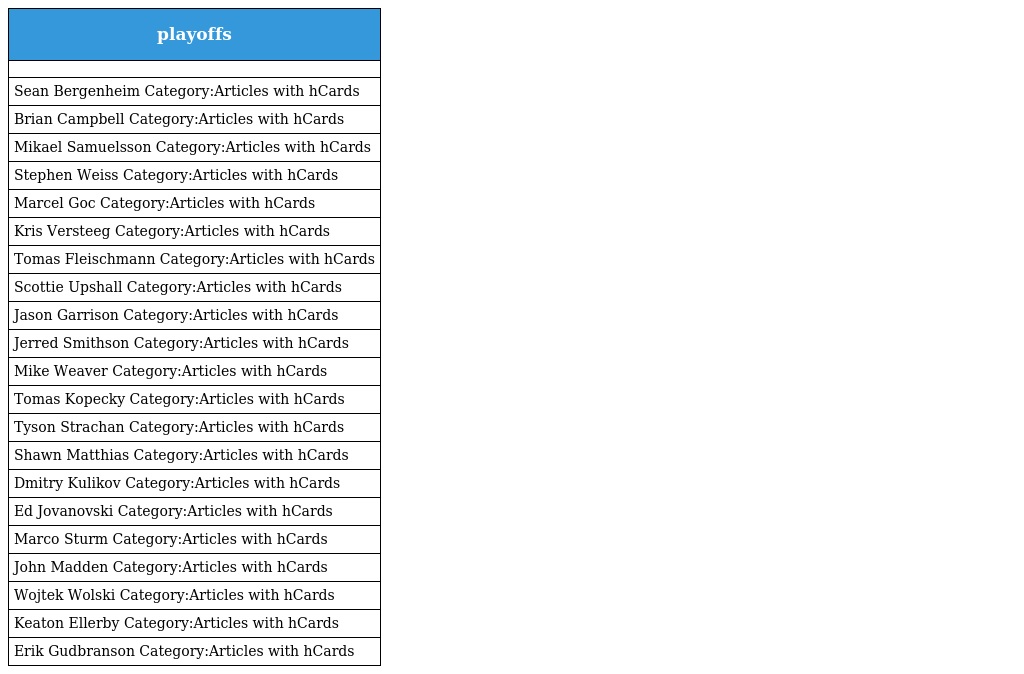
| playoffs |
 | --- |
 |  |
 | Sean Bergenheim Category:Articles with hCards |
 | Brian Campbell Category:Articles with hCards |
 | Mikael Samuelsson Category:Articles with hCards |
 | Stephen Weiss Category:Articles with hCards |
 | Marcel Goc Category:Articles with hCards |
 | Kris Versteeg Category:Articles with hCards |
 | Tomas Fleischmann Category:Articles with hCards |
 | Scottie Upshall Category:Articles with hCards |
 | Jason Garrison Category:Articles with hCards |
 | Jerred Smithson Category:Articles with hCards |
 | Mike Weaver Category:Articles with hCards |
 | Tomas Kopecky Category:Articles with hCards |
 | Tyson Strachan Category:Articles with hCards |
 | Shawn Matthias Category:Articles with hCards |
 | Dmitry Kulikov Category:Articles with hCards |
 | Ed Jovanovski Category:Articles with hCards |
 | Marco Sturm Category:Articles with hCards |
 | John Madden Category:Articles with hCards |
 | Wojtek Wolski Category:Articles with hCards |
 | Keaton Ellerby Category:Articles with hCards |
 | Erik Gudbranson Category:Articles with hCards |